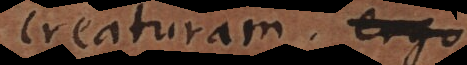
creaturam; ergo